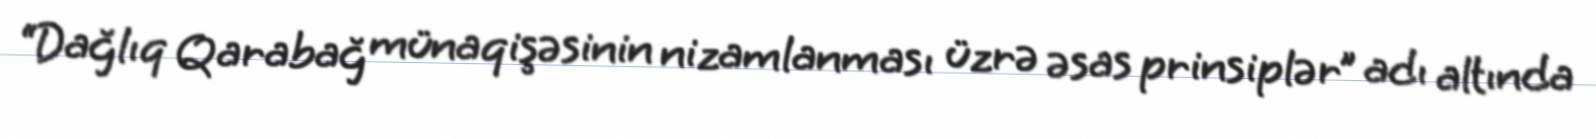
“Dağlıq Qarabağ münaqişəsinin nizamlanması üzrə əsas prinsiplər” adı altında